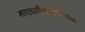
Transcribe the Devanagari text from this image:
नाट्यदिग्दर्शनाच्या